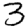
Digit: 3